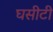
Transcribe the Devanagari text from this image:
घसीटी